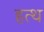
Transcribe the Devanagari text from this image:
हत्थ